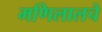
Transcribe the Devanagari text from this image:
मणिलालचे